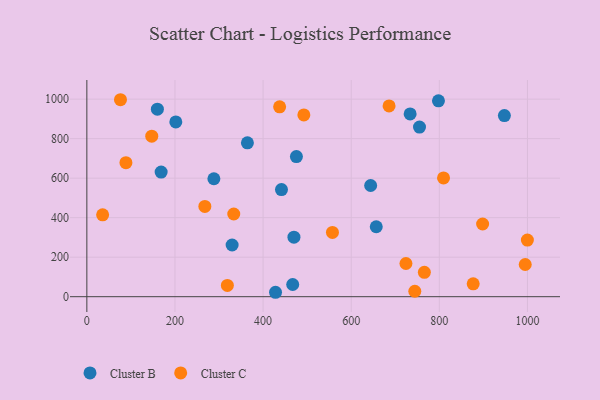
{"axis": {"x": "Ad Spend", "y": "Exam Score"}, "legend": ["Cluster B", "Cluster C"], "data": [{"x": "160.1", "y": 949.3, "type": "Cluster B"}, {"x": "656.8", "y": 354.0, "type": "Cluster B"}, {"x": "798.0", "y": 991.5, "type": "Cluster B"}, {"x": "441.7", "y": 542.3, "type": "Cluster B"}, {"x": "428.2", "y": 22.4, "type": "Cluster B"}, {"x": "467.2", "y": 61.7, "type": "Cluster B"}, {"x": "644.1", "y": 562.8, "type": "Cluster B"}, {"x": "288.3", "y": 597.1, "type": "Cluster B"}, {"x": "470.0", "y": 301.1, "type": "Cluster B"}, {"x": "168.6", "y": 630.7, "type": "Cluster B"}, {"x": "733.7", "y": 925.0, "type": "Cluster B"}, {"x": "475.6", "y": 709.5, "type": "Cluster B"}, {"x": "329.7", "y": 261.8, "type": "Cluster B"}, {"x": "364.4", "y": 779.0, "type": "Cluster B"}, {"x": "755.0", "y": 858.6, "type": "Cluster B"}, {"x": "947.6", "y": 917.0, "type": "Cluster B"}, {"x": "201.9", "y": 884.4, "type": "Cluster B"}, {"x": "267.8", "y": 457.0, "type": "Cluster C"}, {"x": "76.3", "y": 997.0, "type": "Cluster C"}, {"x": "744.3", "y": 27.5, "type": "Cluster C"}, {"x": "876.8", "y": 65.3, "type": "Cluster C"}, {"x": "492.5", "y": 920.0, "type": "Cluster C"}, {"x": "898.2", "y": 368.0, "type": "Cluster C"}, {"x": "994.9", "y": 163.0, "type": "Cluster C"}, {"x": "685.9", "y": 965.8, "type": "Cluster C"}, {"x": "557.4", "y": 325.5, "type": "Cluster C"}, {"x": "999.8", "y": 286.8, "type": "Cluster C"}, {"x": "437.5", "y": 960.9, "type": "Cluster C"}, {"x": "35.8", "y": 414.6, "type": "Cluster C"}, {"x": "724.2", "y": 168.1, "type": "Cluster C"}, {"x": "147.3", "y": 812.4, "type": "Cluster C"}, {"x": "88.7", "y": 678.4, "type": "Cluster C"}, {"x": "333.4", "y": 418.6, "type": "Cluster C"}, {"x": "809.5", "y": 601.1, "type": "Cluster C"}, {"x": "318.9", "y": 57.3, "type": "Cluster C"}, {"x": "766.0", "y": 123.5, "type": "Cluster C"}]}